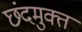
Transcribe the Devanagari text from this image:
छंदमुक्त